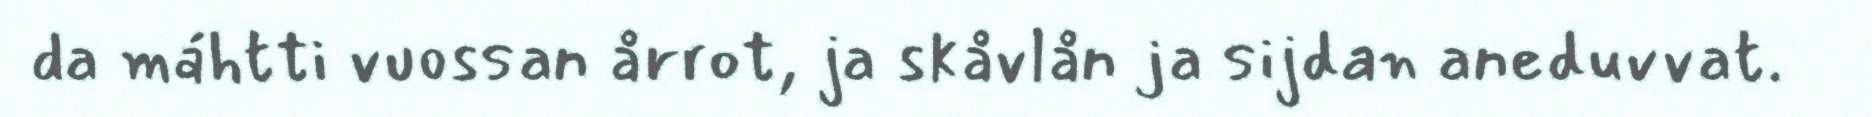
da máhtti vuossan årrot, ja skåvlån ja sijdan aneduvvat.